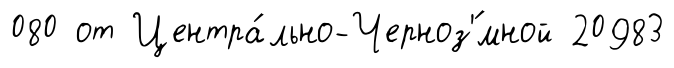
080 от Центра́льно-Черноз'́мной 20983